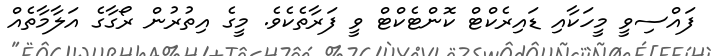
ފައްސިވީ މީހަކާއި ޑައިރެކްޓް ކޮންޓެކްޓް ވީ ފަރާތެކެވެ. މީގެ އިތުރުން ރޯގާގެ އަލާމާތެއް